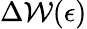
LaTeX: \Delta{\mathcal{W}(\epsilon)}